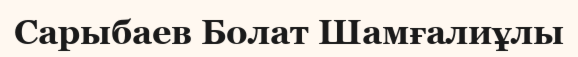
Сарыбаев Болат Шамғалиұлы